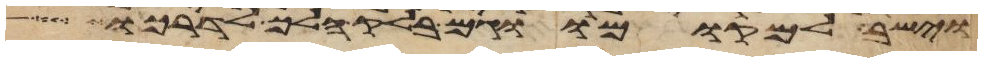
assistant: וישב למקומו וגם בלק הלך לדרכו